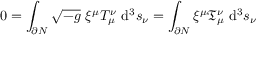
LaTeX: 0 = \int _ { \partial N } { \sqrt { - g } } \ \xi ^ { \mu } T _ { \mu } ^ { \nu } \ \mathrm { d } ^ { 3 } s _ { \nu } = \int _ { \partial N } \xi ^ { \mu } { \mathfrak { T } } _ { \mu } ^ { \nu } \ \mathrm { d } ^ { 3 } s _ { \nu }